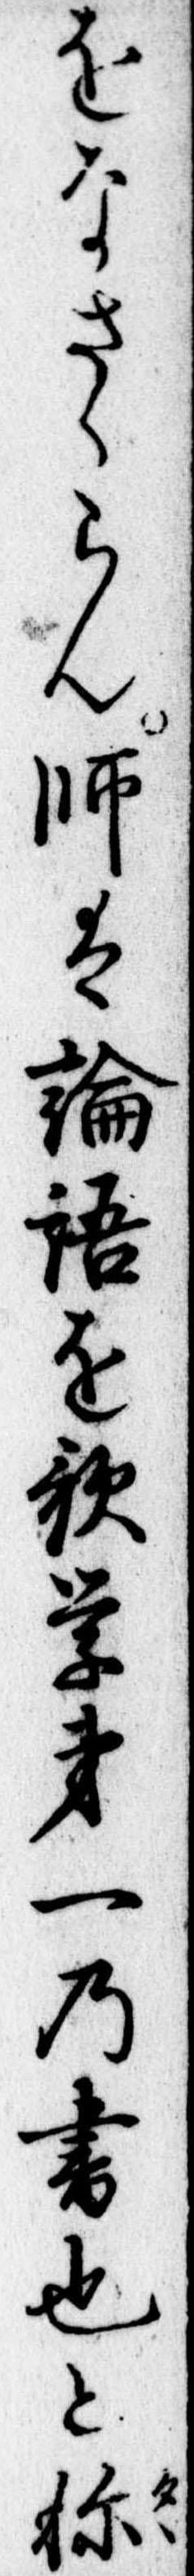
をなさらん師は論語を歌学第一の書也と称